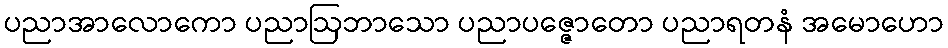
ပညာအာလောကော ပညာဩဘာသော ပညာပဇ္ဇောတော ပညာရတနံ အမောဟော